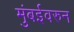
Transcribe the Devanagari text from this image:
मुंबईवरुन